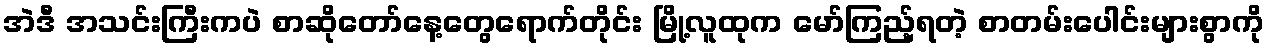
အဲဒီ အသင်းကြီးကပဲ စာဆိုတော်နေ့တွေရောက်တိုင်း မြို့လူထုက မော်ကြည့်ရတဲ့ စာတမ်းပေါင်းများစွာကို